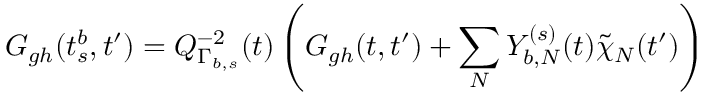
G _ { g h } ( t _ { s } ^ { b } , t ^ { \prime } ) = Q _ { \Gamma _ { b , s } } ^ { - 2 } ( t ) \left( G _ { g h } ( t , t ^ { \prime } ) + \sum _ { N } Y _ { b , N } ^ { ( s ) } ( t ) \tilde { \chi } _ { N } ( t ^ { \prime } ) \right)